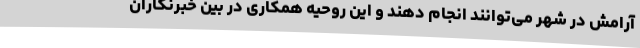
آرامش در شهر می‌توانند انجام دهند و این روحیه همکاری در بین خبرنگاران